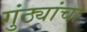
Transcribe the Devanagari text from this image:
गुंठ्यांचा